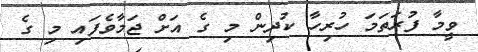
ވީމާ ފުރަތަމަ ހުރިހާ ކުދިން މި ގެ އަށް ޖަމާވެފައި މި ގެ